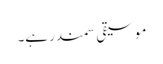
موسیقی سمندر ہے۔